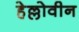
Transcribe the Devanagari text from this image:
हेल्लोवीन